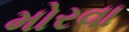
મોરવા